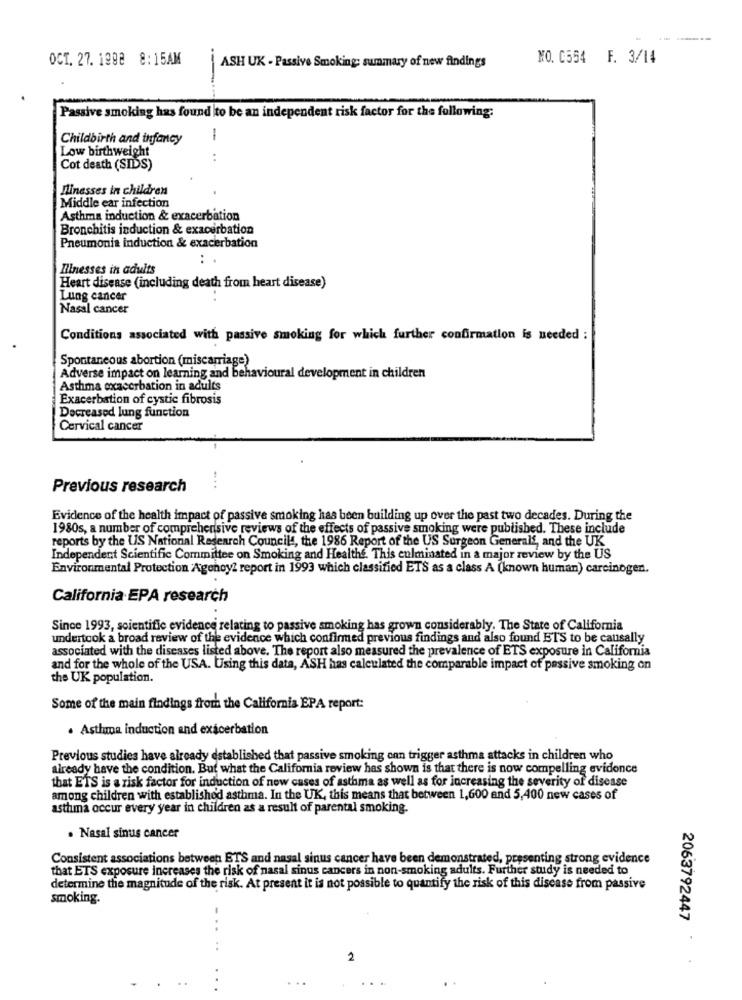
-----
OCT. 27. 1998 8:15AM
NO. 0554 F. 3/14
ASH UK - Passive Smoking: summary of new findings
Passive smoking has found to be an independent risk factor for the following:
Childbirth and infancy
-
Low birthweight
Cot death (SIDS)
Ilinesses in children
Middle ear infection
Asthma induction & exacerbation
Bronchitis induction & exacerbation
Pneumonia induction & exacerbation
Illnesses in adults
Heart disease (including death from heart disease)
Lung cancer
.
Nasal cancer
Conditions associated with passive smoking for which further confirmation is needed :
Spontaneous abortion (miscarriage)
Adverse impact on learning and behavioural development in children
Asthma exacerbation in adults
Exacerbation of cystic fibrosis
Decreased lung function
Cervical cancer
Previous research
Evidence of the health impact of passive smoking has been building up over the past two decades. During the
1980s, a number of comprehensive reviews of the effects of passive smoking were published. These include
reports by the US National Research Councils, the 1986 Report of the US Surgeon Generalf, and the UK
Independent Scientific Committee on Smoking and Health&. This culminated in a major review by the US
Environmental Protection Agency2 report in 1993 which classified ETS as a class A (known human) carcinogen.
California EPA research
Since 1993, scientific evidence relating to passive smoking has grown considerably. The State of California
undertook a broad review of the evidence which confirmed previous findings and also found BTS to be causally
associated with the diseases listed above. The report also measured the prevalence of ETS exposure in California
and for the whole of the USA. Using this data, ASH has calculated the comparable impact of passive smoking on
the UK population.
Some of the main findings from the California EPA report:
. Asthma induction and exacerbation
Previous studies have already established that passive smoking onn trigger asthma attacks in children who
already have the condition. But what the California review has shown is that there is now compelling evidence
that ETS is a risk factor for induction of new cases of asthma as well as for increasing the severity of disease
among children with established asthma. In the UK, this means that between 1,600 and 5,400 new cases of
asthma occur every year in children as a result of parental smoking.
. Nasal sinus cancer
Consistent associations between ETS and nasal sinus cancer have been demonstrated, presenting strong evidence
that ETS exposure increases the risk of nasal sinus cancers in non-smoking adults. Further study is needed to
determine the magnitude of the risk. At present it is not possible to quantify the risk of this disease from passive
smoking.
2063792447
.
2